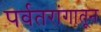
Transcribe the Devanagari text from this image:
पर्वतरांगातून